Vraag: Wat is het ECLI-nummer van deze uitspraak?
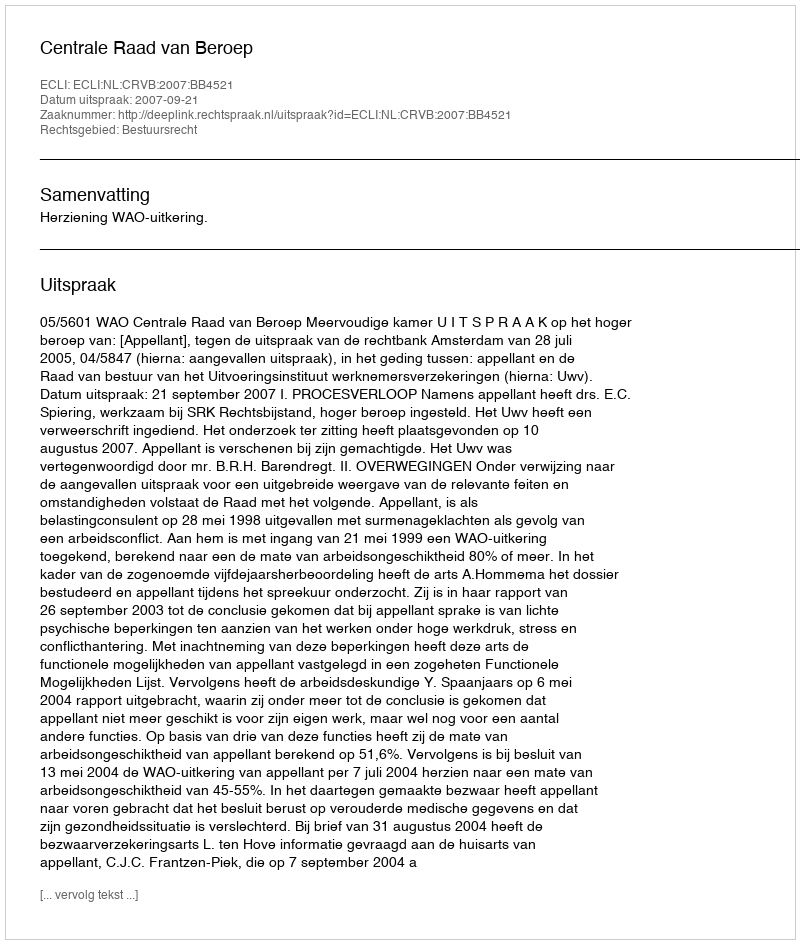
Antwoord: ECLI:NL:CRVB:2007:BB4521